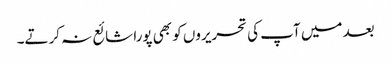
بعد میں آپ کی تحریروں کو بھی پورا شائع نہ کرتے۔